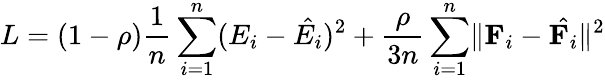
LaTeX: L=(1-\rho)\frac{1}{n}\sum_{i=1}^{n}(E_{i}-\hat{E_{i}})^{2}+\frac{\rho}{3n}\sum_{i=1}^{n}\lVert\mathbf{F}_{i}-\hat{\mathbf{F}_{i}}\rVert^{2}